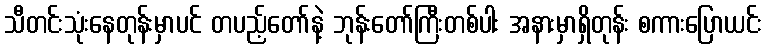
သီတင်းသုံးနေတုန်းမှာပင် တပည့်တော်နဲ့ ဘုန်းတော်ကြီးတစ်ပါး အနားမှာရှိတုန်း စကားပြောယင်း